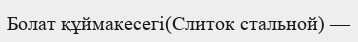
Болат құймакесегі(Слиток стальной) —